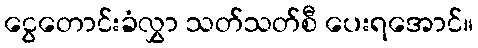
ငွေတောင်းခံလွှာ သတ်သတ်စီ ပေးရအောင်။